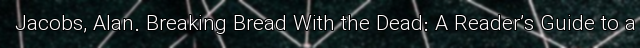
Jacobs, Alan. Breaking Bread With the Dead: A Reader’s Guide to a